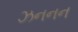
ઝનનન